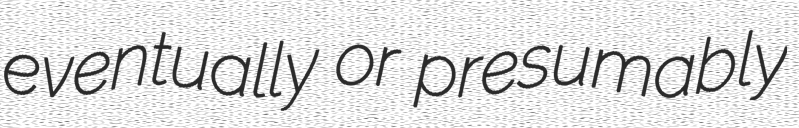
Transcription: eventually or presumably